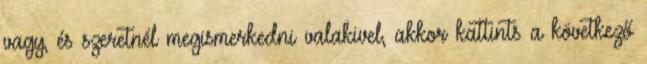
vagy, és szeretnél megismerkedni valakivel, akkor kattints a következő